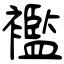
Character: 襤